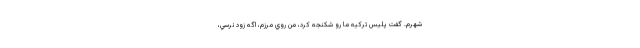
شهرم. گفت پليس تركيه ما رو شكنجه كرد، من روي مرزم، اگه زود نرسي،